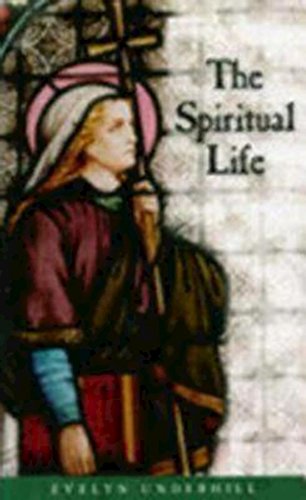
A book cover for The Spiritual Life; Evelyn Underhill; Christian Books & Bibles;